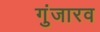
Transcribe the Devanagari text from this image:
गुंजारव